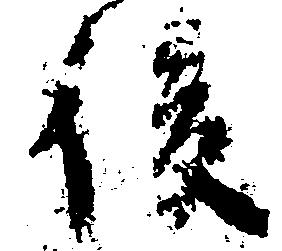
後